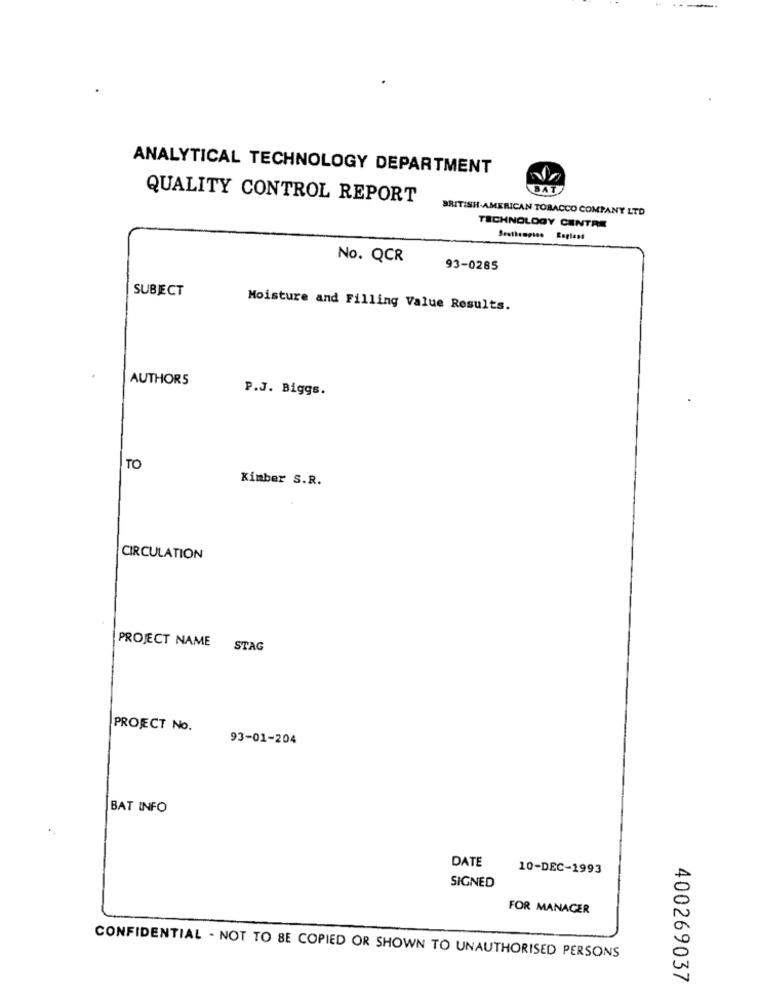
ANALYTICAL TECHNOLOGY DEPARTMENT
BAT
QUALITY CONTROL REPORT
BRITISH-AMERICAN TOBACCO COMPANY LTD
TECHNOLOGY CENTRE
No. QCR
93-0285
SUBJECT
Moisture and Filling Value Results.
AUTHORS
P.J. Biggs.
TO
Kimber S.R.
CIRCULATION
PROJECT NAME STAG
PROECT No.
93-01-204
BAT INFO
DATE
10-DEC-1993
SIGNED
FOR MANAGER
CONFIDENTIAL - NOT TO BE COPIED OR SHOWN TO UNAUTHORISED PERSONS
400269037